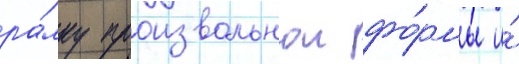
ра́мку произвольнои фо́рмы и́